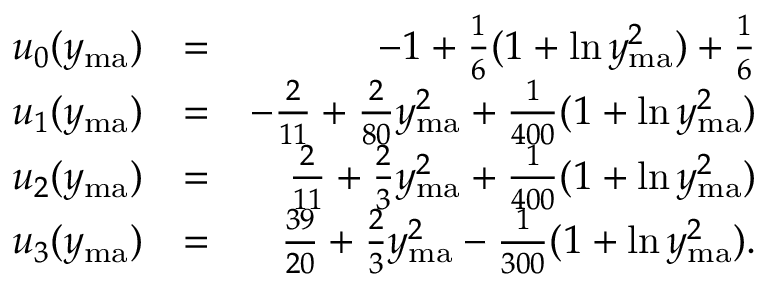
\begin{array} { r l r } { u _ { 0 } ( y _ { \mathrm { m a } } ) } & { = } & { - 1 + \frac { 1 } { 6 } ( 1 + \ln y _ { \mathrm { m a } } ^ { 2 } ) + \frac { 1 } { 6 } } \\ { u _ { 1 } ( y _ { \mathrm { m a } } ) } & { = } & { - \frac { 2 } { 1 1 } + \frac { 2 } { 8 0 } y _ { \mathrm { m a } } ^ { 2 } + \frac { 1 } { 4 0 0 } ( 1 + \ln y _ { \mathrm { m a } } ^ { 2 } ) } \\ { u _ { 2 } ( y _ { \mathrm { m a } } ) } & { = } & { \frac { 2 } { 1 1 } + \frac { 2 } { 3 } y _ { \mathrm { m a } } ^ { 2 } + \frac { 1 } { 4 0 0 } ( 1 + \ln y _ { \mathrm { m a } } ^ { 2 } ) } \\ { u _ { 3 } ( y _ { \mathrm { m a } } ) } & { = } & { \frac { 3 9 } { 2 0 } + \frac { 2 } { 3 } y _ { \mathrm { m a } } ^ { 2 } - \frac { 1 } { 3 0 0 } ( 1 + \ln y _ { \mathrm { m a } } ^ { 2 } ) . } \end{array}